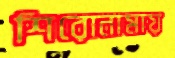
শিরোনামায়